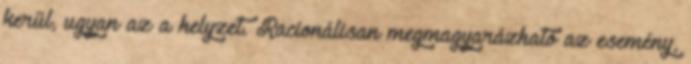
kerül, ugyan az a helyzet. Racionálisan megmagyarázható az esemény,